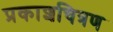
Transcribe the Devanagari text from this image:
प्रकाशचित्रण